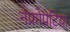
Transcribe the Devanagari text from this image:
नेफ्रोपेटिया